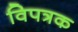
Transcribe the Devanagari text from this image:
विपत्रक